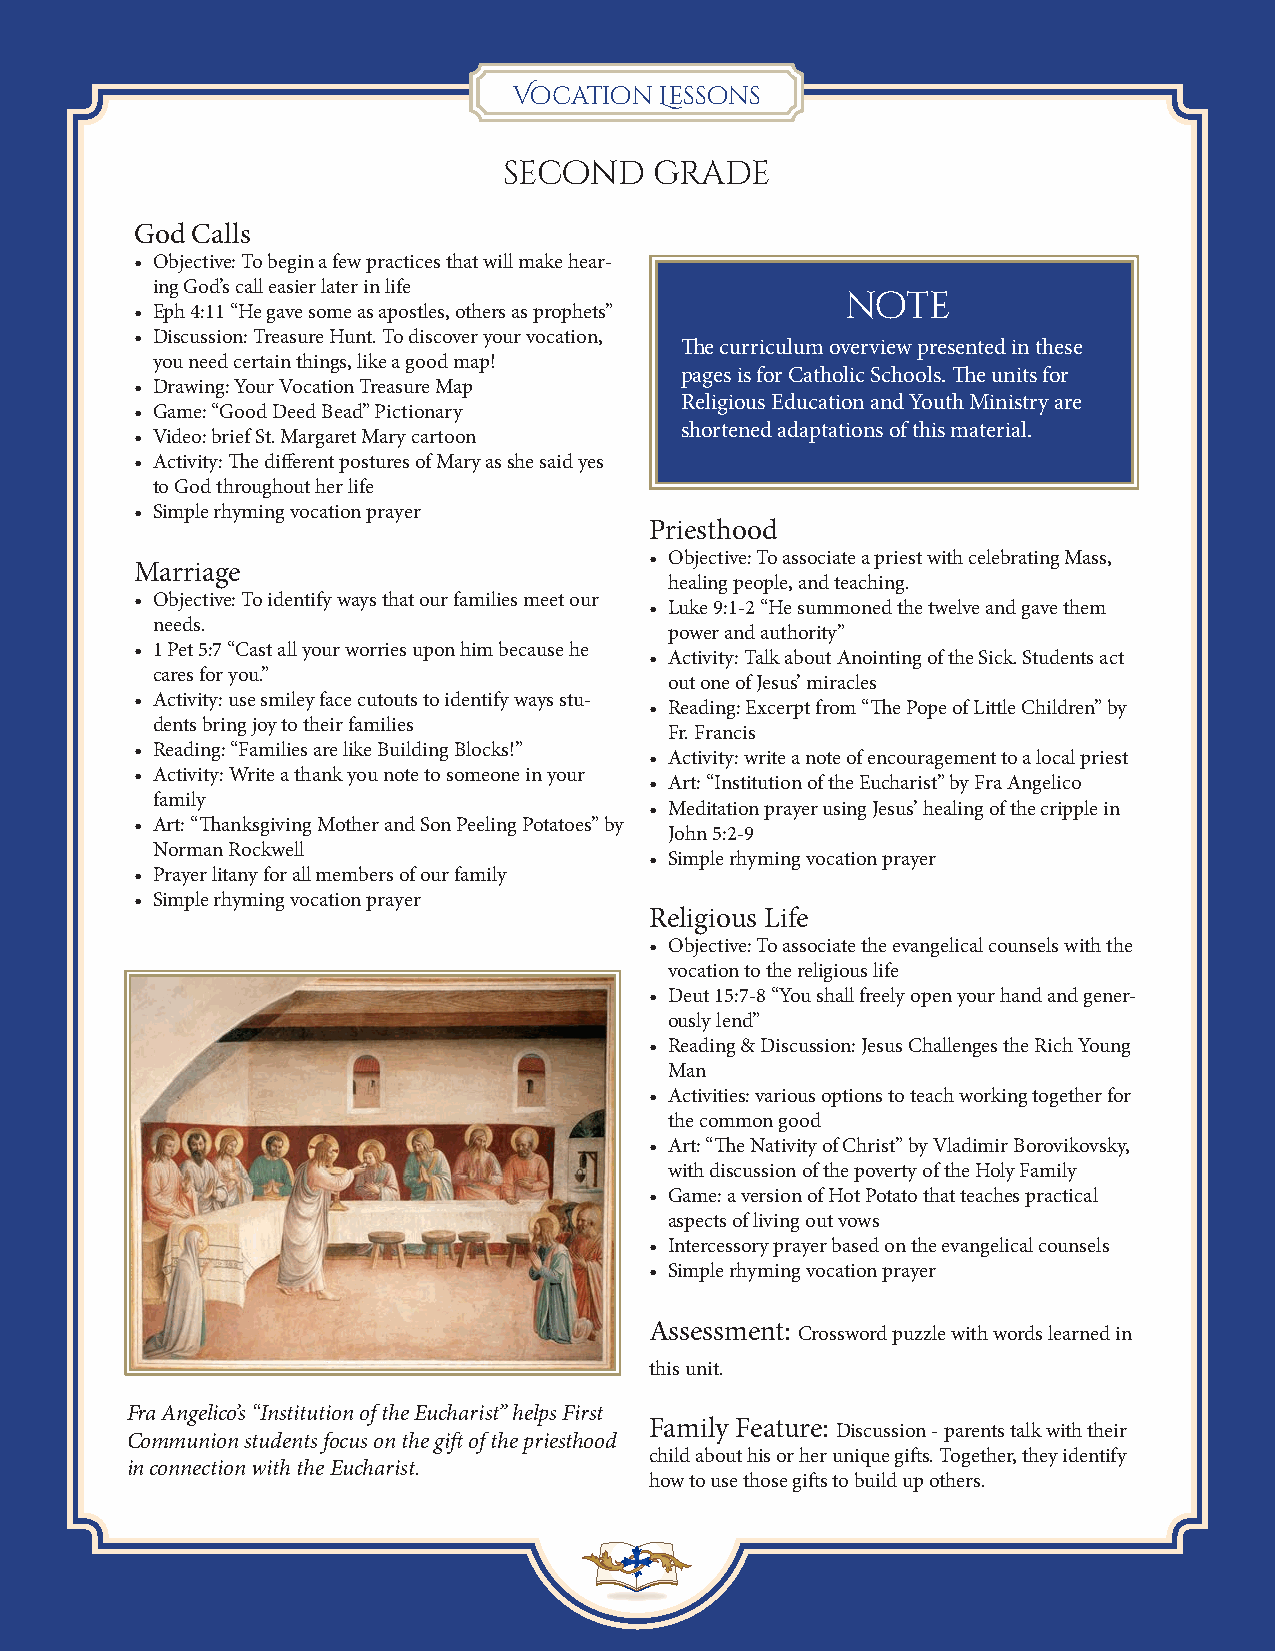
Vocation  Lessons
 second    grade
 God Calls
 • Objective: To begin a few practices that will make hear-
 ing God’s call easier later in life
 note
 • Eph 4:11 “He gave some as apostles, others as prophets”
 • Discussion: Treasure Hunt. To discover your vocation,
 The curriculum overview presented in these
 you need certain things, like a good map!
 pages is for Catholic Schools. The units for
 • Drawing: Your Vocation Treasure Map
 Religious Education and Youth Ministry are
 • Game: “Good Deed Bead” Pictionary
 shortened adaptations of this material.
 • Video: brief St. Margaret Mary cartoon
 • Activity: The different postures of Mary as she said yes
 to God throughout her life
 • Simple rhyming vocation prayer
 Priesthood
 • Objective: To associate a priest with celebrating Mass,
 Marriage
 healing people, and teaching.
 • Objective: To identify ways that our families meet our
 • Luke 9:1-2 “He summoned the twelve and gave them
 needs.
 power and authority”
 • 1 Pet 5:7 “Cast all your worries upon him because he
 • Activity: Talk about Anointing of the Sick. Students act
 cares for you.”
 out one of Jesus’ miracles
 • Activity: use smiley face cutouts to identify ways stu-
 • Reading: Excerpt from “The Pope of Little Children” by
 dents bring joy to their families
 Fr. Francis
 • Reading: “Families are like Building Blocks!”
 • Activity: write a note of encouragement to a local priest
 • Activity: Write a thank you note to someone in your
 • Art: “Institution of the Eucharist” by Fra Angelico
 family
 • Meditation prayer using Jesus’ healing of the cripple in
 • Art: “Thanksgiving Mother and Son Peeling Potatoes” by
 John 5:2-9
 Norman Rockwell
 • Simple rhyming vocation prayer
 • Prayer litany for all members of our family
 • Simple rhyming vocation prayer
 Religious Life
 • Objective: To associate the evangelical counsels with the
 vocation to the religious life
 • Deut 15:7-8 “You shall freely open your hand and gener-
 ously lend”
 • Reading & Discussion: Jesus Challenges the Rich Young
 Man
 • Activities: various options to teach working together for
 the common good
 • Art: “The Nativity of Christ” by Vladimir Borovikovsky,
 with discussion of the poverty of the Holy Family
 • Game: a version of Hot Potato that teaches practical
 aspects of living out vows
 • Intercessory prayer based on the evangelical counsels
 • Simple rhyming vocation prayer
 Assessment: Crossword puzzle with words learned in
 this unit.
 Fra Angelico’s “Institution of the Eucharist” helps First
 Family Feature: Discussion - parents talk with their
 Communion students focus on the gift of the priesthood
 child about his or her unique gifts. Together, they identify
 in connection with the Eucharist.
 how to use those gifts to build up others.
 5